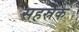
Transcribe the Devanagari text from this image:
सहस्रके